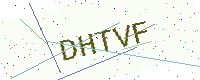
Text: DHTVF